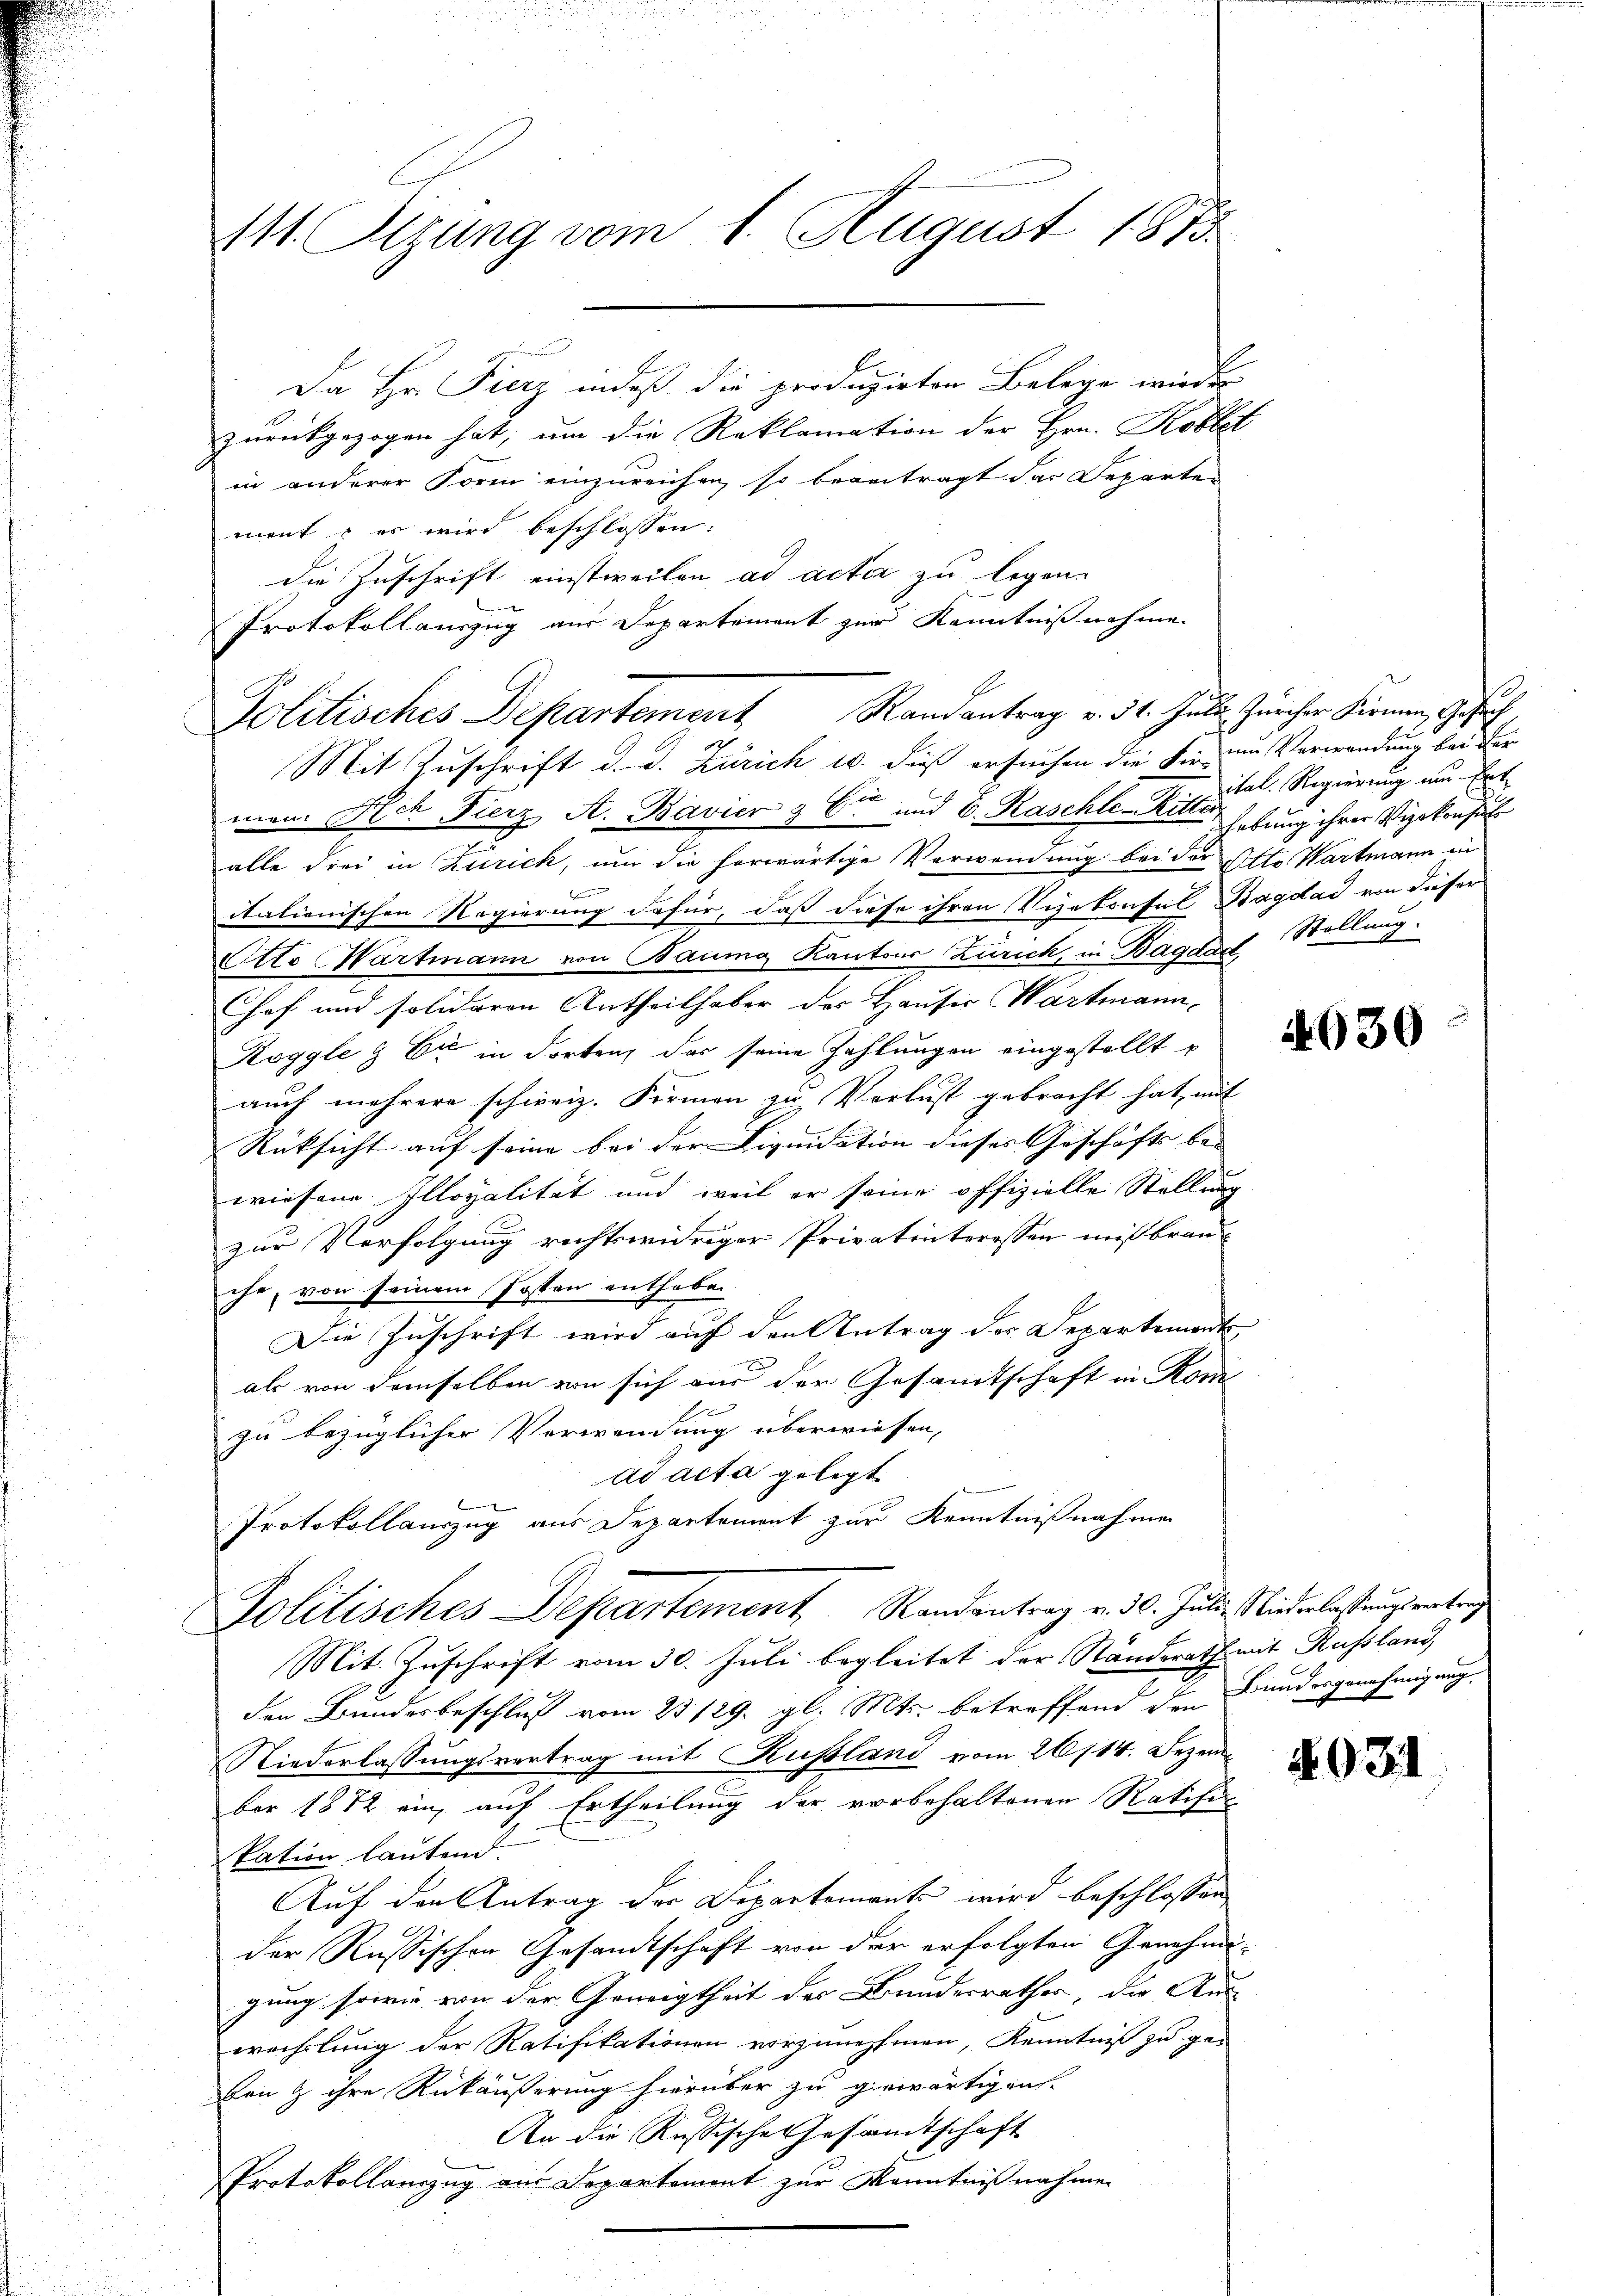
111. Sitzung vom 1. August 1873

Da Hr. Fierz indeß die produzirten Belege wieder
zurückgezogen hat, um die Reklamation der Hrn. Koblet
in anderer Form einzureichen, so beantragt das Departen
ment & es wird beschlossen:
die Zuschrift einstweilen, ad acter zu legen.
Mit Zuschrift d. d. Zürich 1. dieß ersuchen die die im Verwendung bei der
men. Sich Fierz, A. Bavier & Cie und 6. Kaschle Ritter Hebung ihrer Vizekonsul
alle drei in Zürich, um die herwärtige Verwendung bei der Otto Wartmann in
italienischen Regierung dafür, daß diese ihren Vizekonsul Bagdad von dieser
Otto Hartmann von Baumg Kantons Zürich, in Bagdues Stellung.
Chef und solidaren Antheilhaber des Hauser Wartmann
Koggle & Cie in dorten, das seine Zahlungen eingestellt
auch mehrere schweiz. Formen zu Verlust gebracht hat, mit
Rüksicht auf seine bei der Liquidation dieses Geschäfts be- |
wiesene Illoyalität und weil er seine offizielle Stellung
zur Verfolgung richtswidriger Privatinterossen mißbrauche, von seinem Posten enthaben
Die Zuschrift wird auf den Antrag der Departement
als von demselben von sich aus der Gesamtschaft in Rom
zu bezüglicher Verwendung überwiesen,
ad acta gelegt
x
Protokollauszug aus Departement zur Kenntnißnahmen
Politisches Departement Randantrag v. 30. Juli Wiederlastungsvortrag
Mit Zuschrift vom 30. Juli begleitet der Ständerath mit Russland,
der Bundesbeschluß vom 23 129. gl. Mts. betreffend den Bundesgenehmigung,
Niederlassungsvertrag mit Kussland vom 26/14. Dezember 1872 ein, auf Ertheilung der vorbehaltenen Ratifi
kation lautend.
Auf den Antrag der Departements wird beschlossen
der Russischen Gesandtschaft von der erfolgten Genehmigung sowie von der Geneigtheit der Bundesrathes, die Aus-
wechslung der Ratifikationen vorzunehmen, Kenntniß zu geben & ihre Rückäußerung hierüber zu gewärtigen.
An die Russische Gesamtschaft
Protokollanzug aus Departemont zur Kenntnißnahme

Protokollauszug aus Departement zur Kenntnißnahme.
Politisches Departement Randantrag v. 31. Juli, Zürcher Firmen, Gesch

0
ital. Regierung um Ent
e

4930

4031